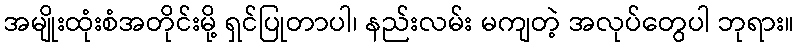
အမျိုးထုံးစံအတိုင်းမို့ ရှင်ပြုတာပါ၊ နည်းလမ်း မကျတဲ့ အလုပ်တွေပါ ဘုရား။